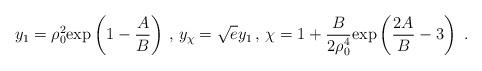
LaTeX: \begin{align*}y_1 = \rho_0^2 \mathrm{exp}\left( 1-{A\over B}\right) \, ,\, y_{\chi}=\sqrt{e}y_1 \, , \,\chi=1 +{B\over 2 \rho_0^4}\mathrm{exp}\left( {2A\over B}-3\right)~.\end{align*}